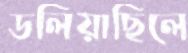
ডলিয়াছিলে